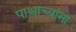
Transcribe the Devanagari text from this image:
पाश्चाच्यांना